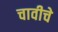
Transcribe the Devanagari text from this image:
चावीचे